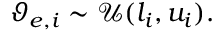
\vartheta _ { e , i } \sim \mathcal { U } ( l _ { i } , u _ { i } ) .